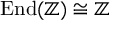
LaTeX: \operatorname { E n d } ( \mathbb { Z } ) \cong \mathbb { Z }